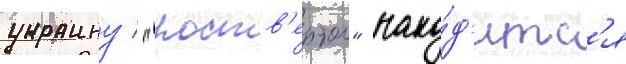
украину / "роств'ертол" нахо́д'итс'я